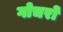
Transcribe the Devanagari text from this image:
गोचरों